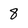
Character: 8